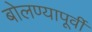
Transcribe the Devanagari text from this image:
बोलण्यापूर्वी